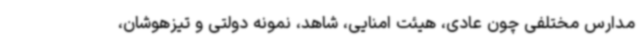
مدارس مختلفی چون عادی، هیئت امنایی، شاهد، نمونه دولتی و تیزهوشان،